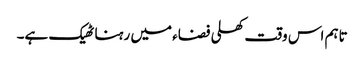
تاہم اس وقت کھلی فضاء میں رہنا ٹھیک ہے۔